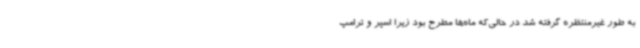
به طور غیرمنتظره گرفته شد در حالی‌که ماه‌ها مطرح بود زیرا اسپر و ترامپ